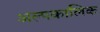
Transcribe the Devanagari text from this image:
अल्‍पकालिक